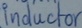
Text: Inductor